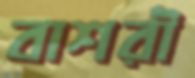
বাশরী